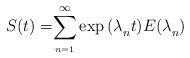
LaTeX: \begin{align*}{{ S(t)=}\overset{\infty }{\underset{_{n=1}}{\sum }}\exp {(\lambda }_{n}{ t)E(\lambda }_{n}{ )}}\end{align*}